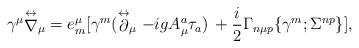
LaTeX: \begin{align*}\gamma^\mu{\stackrel{\leftrightarrow}{\nabla}}_\mu =e^\mu_m[\gamma^m(\stackrel{\leftrightarrow}{\partial}_\mu -igA^a_\mu\tau_a)\,+{i\over2} \Gamma_{n\mu p}\{\gamma^m;\Sigma^{np}\}],\end{align*}